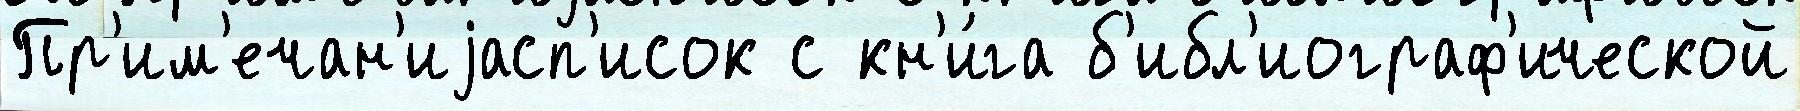
Пр'им'ечан'иjасп'исок с кн'и́га б'ибл'иограф'ической